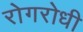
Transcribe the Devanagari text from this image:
रोगरोधी